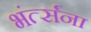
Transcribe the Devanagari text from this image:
भंर्त्सना